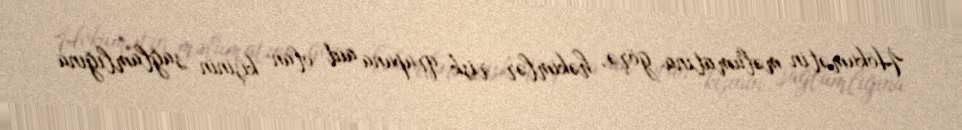
Hökumətin məlumatına görə, həkimlər risk qrupuna aid olan kişinin sağlamlığına